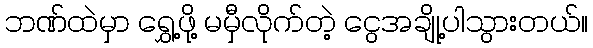
ဘဏ်ထဲမှာ ရွှေ့ဖို့ မမှီလိုက်တဲ့ ငွေအချို့ပါသွားတယ်။